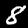
Label: 8